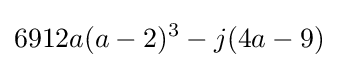
6912a(a-2)^{3}-j(4a-9)